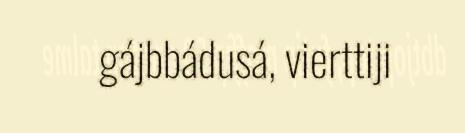
gájbbádusá, vierttiji